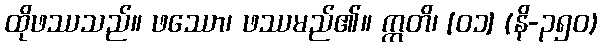
ထိုဖဿသည်။ ဖဿော၊ ဖဿမည်၏။ ဣတိ၊ [၀၁] (နိ-၃၅၀)